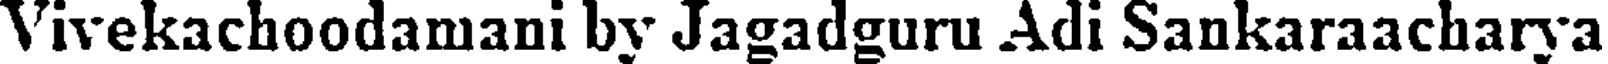
Vivekachoodamani by Jagadguru Adi Sankaraacharya